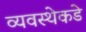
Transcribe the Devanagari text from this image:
व्यवस्थेकडे